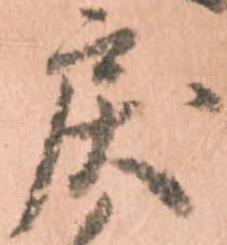
戻